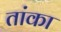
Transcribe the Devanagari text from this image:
तांका